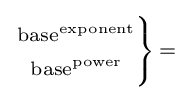
\scriptstyle \left.{\begin{matrix}\scriptstyle {\text{base}}^{\text{exponent}}\\\scriptstyle {\text{base}}^{\text{power}}\end{matrix}}\right\}\,=